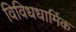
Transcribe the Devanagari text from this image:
विविधधार्मिक